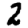
Digit: 2